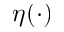
\eta ( \cdot )